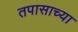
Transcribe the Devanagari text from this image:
तपासाच्या